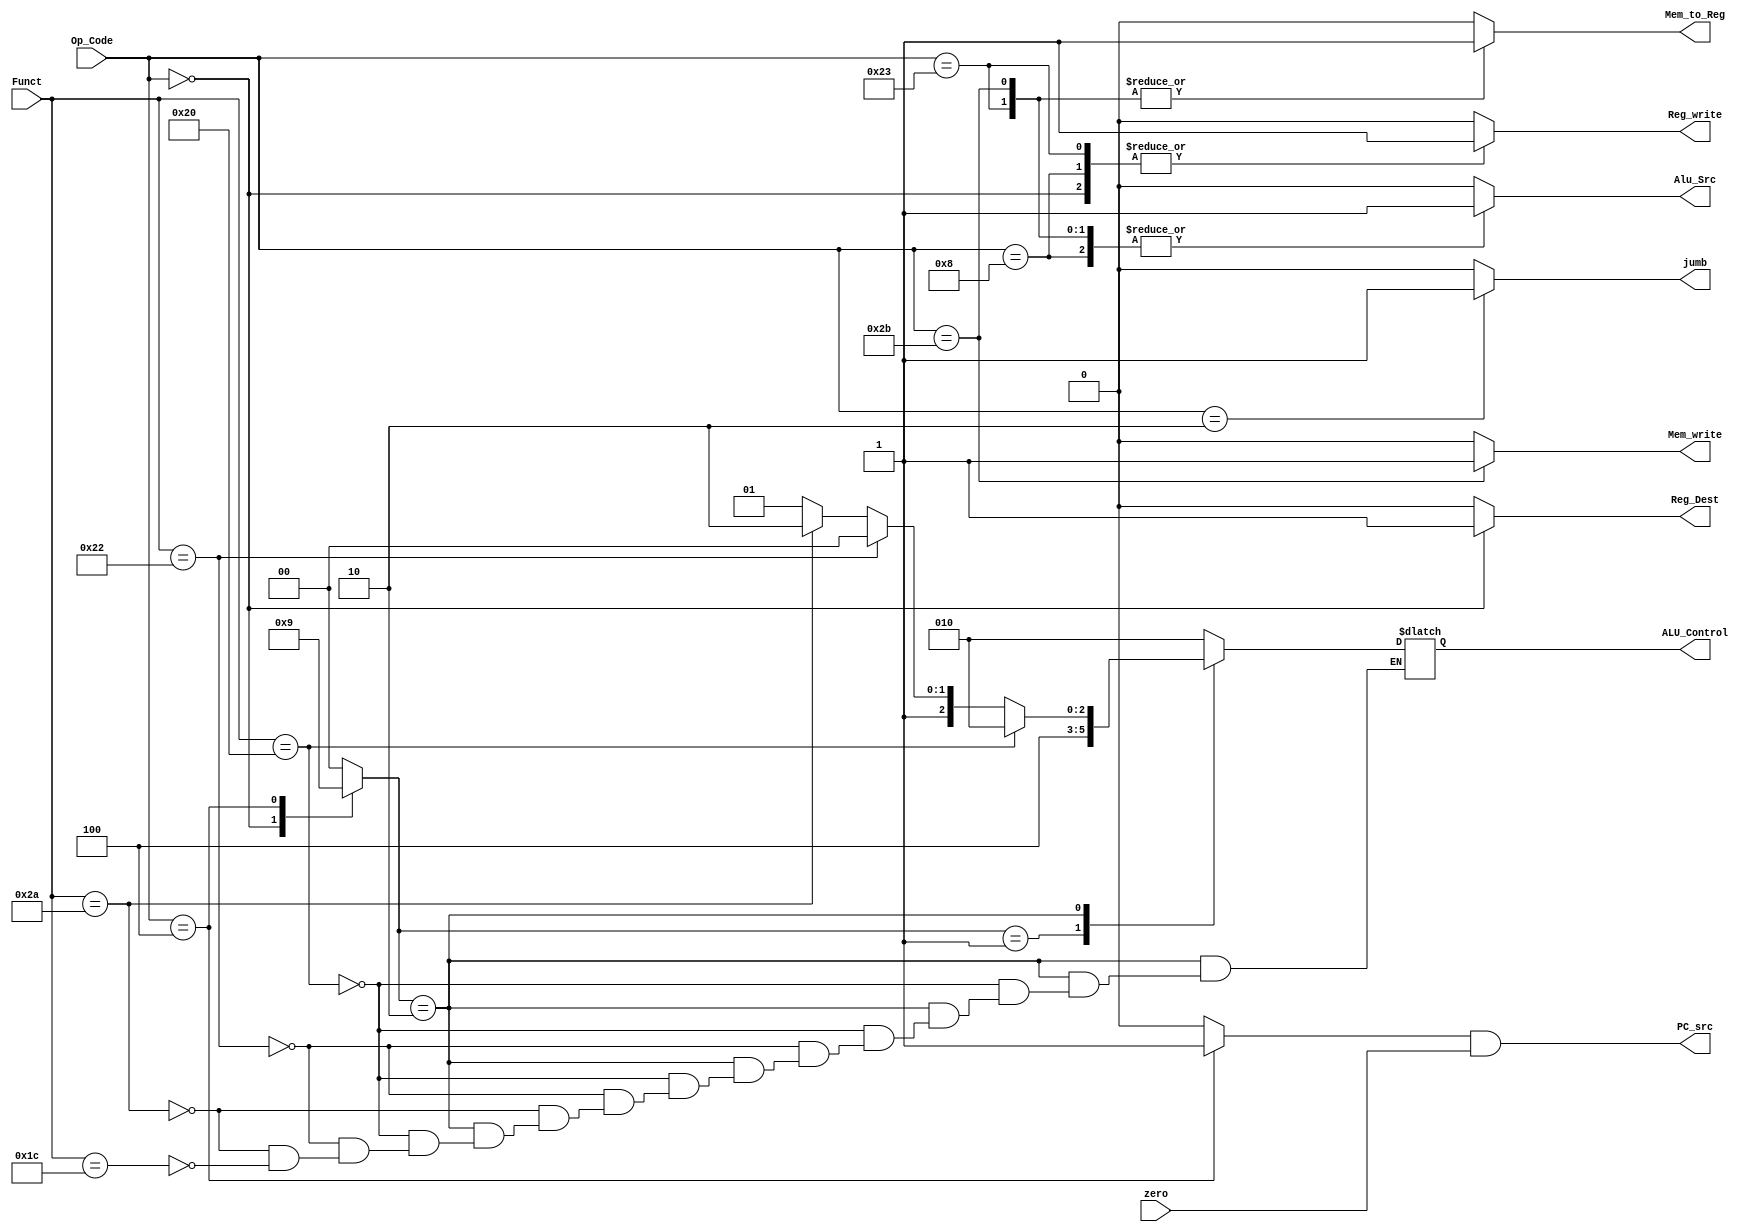
/******************************************************************************
* Module: Private - Control Unit Block 
*
*
* Description: The control unit computes the control signals based on the opcode
*              and funct fields of the instruction, Instr31:26 and Instr5:0. Most
*              of the control information comes from the opcode, but R-type instructions
*              also use the funct field to determine the ALU operation. Thus, we will simplify
*              our design by factoring the control unit into two blocks of combinational logic
*
*
*******************************************************************************/
//********************Port Declaration*************************//

module Control_Unit #(

parameter Op_Code_Width     = 6 , //initialize a parameter variable with value 6
parameter ALU_Control_Width = 3 , //initialize a parameter variable with value 3 
parameter Funct_Width       = 6 ) //initialize a parameter variable with value 6 

(

input wire [Op_Code_Width-1 :0]     Op_Code        , //Declaring the Variable As an Input Port with width 5 bits
input wire [Funct_Width-1   :0]     Funct          , //Declaring the Variable As an Input Port with width 5 bits
input wire                          zero           , //Declaring the Variable As an Input Port with width 5 bits
output reg [ALU_Control_Width-1 :0] ALU_Control    , //Declaring the Variable As an Output Port with width 3 bits 
output reg                          jumb           , //Declaring the Variable As an Output Port with width 1 bits 
output reg                          Mem_write      , //Declaring the Variable As an Output Port with width 1 bits
output reg                          Reg_write      , //Declaring the Variable As an Output Port with width 1 bits
output reg                          Reg_Dest       , //Declaring the Variable As an Output Port with width 1 bits
output reg                          Alu_Src        , //Declaring the Variable As an Output Port with width 1 bits
output reg                          Mem_to_Reg     , //Declaring the Variable As an Output Port with width 1 bits
          //Declaring the Variable As an Output Port with width 1 bits
output wire                         PC_src           //Declaring the Variable As an Output Port with width 1 bits


); 
reg                          Branch;
//****************** Parameeters Initialization  ****************//

localparam         ZERO           = 1'b0       ,            //initialize a parameter variable with a binary value 0
                   ONE            = 1'b1       ,            //initialize a parameter variable with a binary value 1
                   ZERO_ZERO      = 2'b00      ,            //initialize a parameter variable with a binary value 00
                   ZERO_ONE       = 2'b01      ,            //initialize a parameter variable with a binary value 01
                   ONE_ZERO       = 2'b10      ,            //initialize a parameter variable with a binary value 10
                   ONE_ONE        = 2'b10      ,            //initialize a parameter variable with a binary value 11
                   Add            = 6'b10_0000 ,            //initialize a parameter variable with a binary value 100000
                   Sub            = 6'b10_0010 ,            //initialize a parameter variable with a binary value 100010
                   Slt            = 6'b10_1010 ,            //initialize a parameter variable with a binary value 101010
                   Mul            = 6'b01_1100 ,            //initialize a parameter variable with a binary value 011100
                   Load_word      = 6'b10_0011 ,            //initialize a parameter variable with a binary value 100011
                   Store_word     = 6'b10_1011 ,            //initialize a parameter variable with a binary value 101011
                   R_Type         = 6'b00_0000 ,            //initialize a parameter variable with a binary value 000000
                   Add_Immediate  = 6'b00_1000 ,            //initialize a parameter variable with a binary value 001000
                   BranchIf_Equal = 6'b00_0100 ,            //initialize a parameter variable with a binary value 000100
                   Jumb_Inst      = 6'b00_0010 ,            //initialize a parameter variable with a binary value 000010
                   ALU_OP_Width   = 2          ;            //initialize a parameter variable with a Decimal value 32                   

//********************Internal Signal Declaration*****************//

reg [ ALU_OP_Width-1 :0]  Alu_op ;                           //Declaring The Variable To Use it As a register Inside The Always Block

//*************************** The RTL Code *****************************//

assign PC_src = Branch & zero ;

//**************** Starting Combinational Always Block *****************//

//****************** Main Deacoder Implementation ********************// 

always @ (*) 

begin 

case (Op_Code)
  
Load_word :
            begin 
             
                 jumb       = ZERO      ;
                 Alu_op     = ZERO_ZERO ;        
                 Mem_write  = ZERO      ;   
                 Reg_write  = ONE       ;                   
                 Reg_Dest   = ZERO      ;
                 Alu_Src    = ONE       ;
                 Mem_to_Reg = ONE       ;
                 Branch     = ZERO      ;
              
            end 

Store_word :
            begin 
             
                 jumb       = ZERO      ;
                 Alu_op     = ZERO_ZERO ;        
                 Mem_write  = ONE       ;   
                 Reg_write  = ZERO      ;                    
                 Reg_Dest   = ZERO      ; 
                 Alu_Src    = ONE       ;
                 Mem_to_Reg = ONE       ;
                 Branch     = ZERO      ;
              
            end 

R_Type :
            begin 
             
                 jumb       = ZERO      ;
                 Alu_op     = ONE_ZERO  ;          
                 Mem_write  = ZERO      ;   
                 Reg_write  = ONE       ;                    
                 Reg_Dest   = ONE       ; 
                 Alu_Src    = ZERO      ;
                 Mem_to_Reg = ZERO      ;
                 Branch     = ZERO      ;
              
            end 

Add_Immediate :
           
            begin 
             
                 jumb       = ZERO      ;
                 Alu_op     = ZERO_ZERO ;          
                 Mem_write  = ZERO      ;   
                 Reg_write  = ONE       ;                    
                 Reg_Dest   = ZERO      ; 
                 Alu_Src    = ONE       ;
                 Mem_to_Reg = ZERO      ;
                 Branch     = ZERO      ;
              
            end

BranchIf_Equal :
           
            begin 
             
                 jumb       = ZERO      ;
                 Alu_op     = ZERO_ONE  ;             
                 Mem_write  = ZERO      ;   
                 Reg_write  = ZERO      ;                    
                 Reg_Dest   = ZERO      ; 
                 Alu_Src    = ZERO      ;
                 Mem_to_Reg = ZERO      ;
                 Branch     = ONE       ; 
              
            end

Jumb_Inst :
           
            begin 
             
                 jumb       = ONE       ; 
                 Alu_op     = ZERO_ZERO ;           
                 Mem_write  = ZERO      ;   
                 Reg_write  = ZERO      ;                    
                 Reg_Dest   = ZERO      ; 
                 Alu_Src    = ZERO      ;
                 Mem_to_Reg = ZERO      ;
                 Branch     = ZERO      ;
              
            end

default :
           
            begin 
             
                 jumb       = ZERO      ; 
                 Alu_op     = ZERO_ZERO ;           
                 Mem_write  = ZERO      ;   
                 Reg_write  = ZERO      ;                    
                 Reg_Dest   = ZERO      ; 
                 Alu_Src    = ZERO      ;
                 Mem_to_Reg = ZERO      ;
                 Branch     = ZERO      ;
              
            end


 endcase  
end 

//****************** ALU Deacoder Implementation ********************// 

always @ (*) 

begin 

case ( Alu_op )

ZERO_ZERO : 

        begin 
          
            ALU_Control = 3'b010 ; 
          
        end 

ZERO_ONE : 

        begin 
          
            ALU_Control = 3'b100 ; 
          
        end 

ONE_ZERO : 

        begin 
          
          if ( Funct == Add ) 
          
             begin 
             
                 ALU_Control = 3'b010 ; 
             
             end 
             
          else if  ( Funct == Sub )
                       
             begin 
             
                 ALU_Control = 3'b100 ; 
             
             end
        
         else if  ( Funct == Slt )
                       
             begin 
             
                 ALU_Control = 3'b110 ; 
             
             end
        
         else if  ( Funct == Mul )
                       
             begin 
             
                 ALU_Control = 3'b101 ; 
             
             end 
             
        else   
             
             
             begin 
             
                 
             
             end 
      end   
       
       
    default : 
            
             begin 
             
                 ALU_Control = 3'b010 ; 
             
             end                   
    endcase
end        

//***********************************************************************************//

endmodule